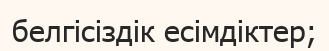
белгісіздік есімдіктер;